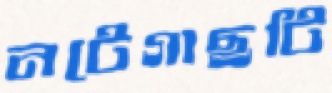
নটেগাছটি